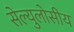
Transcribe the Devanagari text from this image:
सेल्युलोसीय